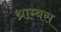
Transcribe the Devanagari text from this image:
थ्राम्बस